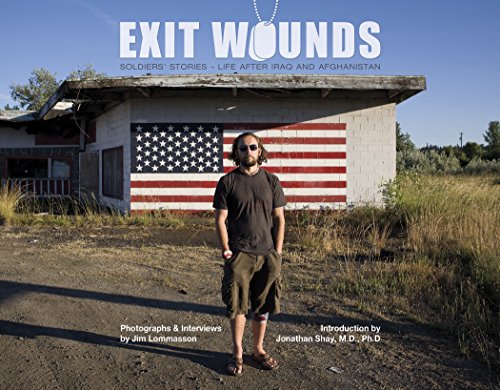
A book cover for Exit Wounds: Soldiers' StoriesLife after Iraq and Afghanistan; Jim Lommasson; History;